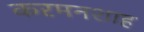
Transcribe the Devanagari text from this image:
करमनशाह